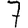
Digit: 7